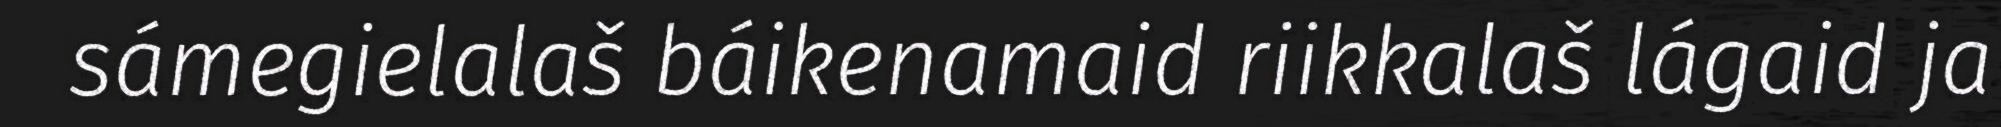
sámegielalaš báikenamaid riikkalaš lágaid ja